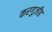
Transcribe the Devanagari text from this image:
करगुज़ीह